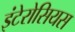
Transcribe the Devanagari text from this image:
इंटेरोसियस